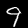
Digit: 9